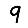
Digit: 9